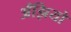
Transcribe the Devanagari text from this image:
अँझियो